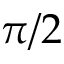
\pi / 2